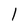
Character: l